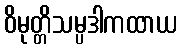
ဝိမုတ္တိသမ္ပဒါကထာယ